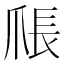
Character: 𪺑